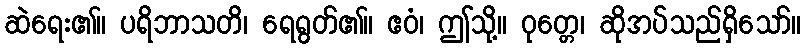
ဆဲရေး၏။ ပရိဘာသတိ၊ ရေရွတ်၏။ ဧဝံ၊ ဤသို့။ ဝုတ္တေ၊ ဆိုအပ်သည်ရှိသော်။